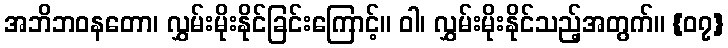
အဘိဘဝနတော၊ လွှမ်းမိုးနိုင်ခြင်းကြောင့်။ ဝါ၊ လွှမ်းမိုးနိုင်သည့်အတွက်။ {၀၇}